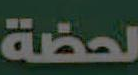
لحظة